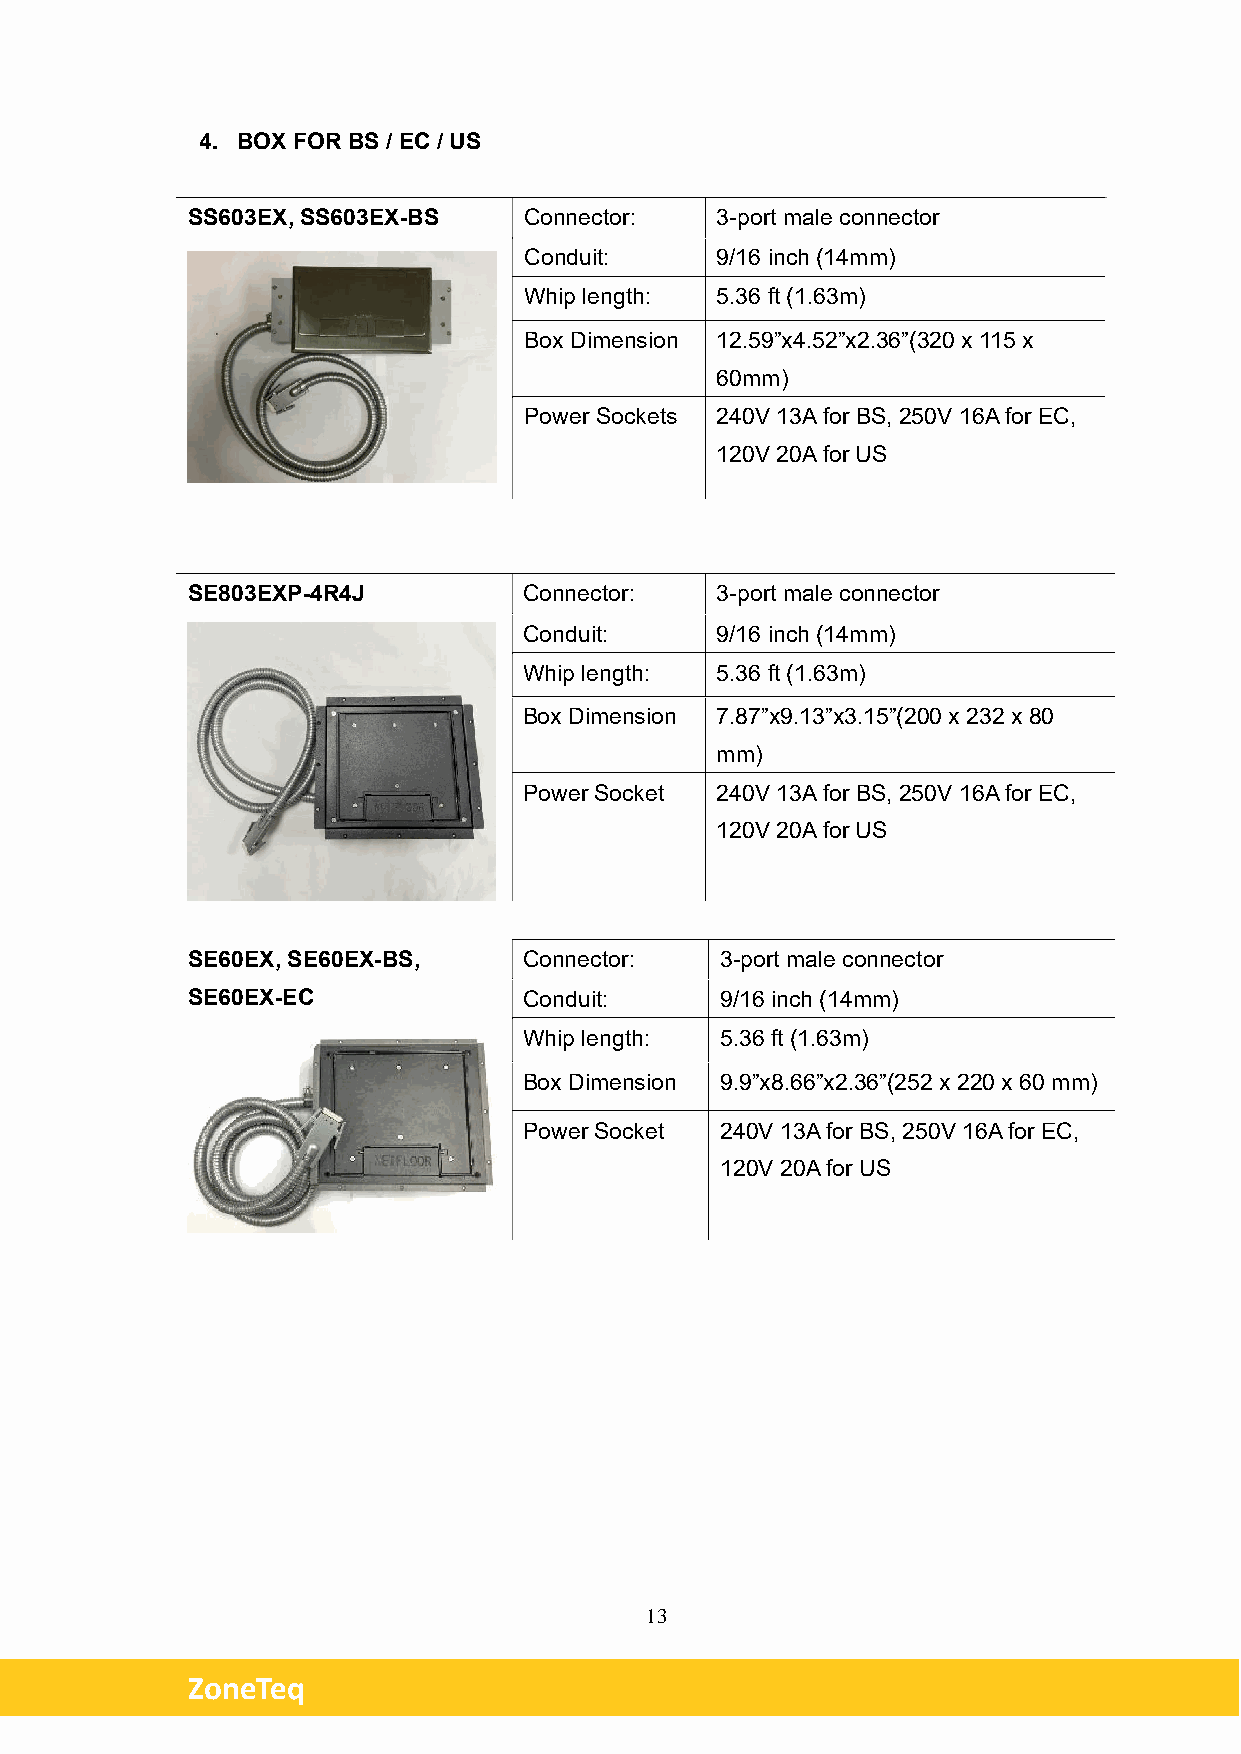
4. BOX FOR BS / EC / US
 SS603EX, SS603EX-BS    Connector:  3-port male connector
 Conduit:    9/16 inch (14mm)
 Whip length: 5.36 ft (1.63m)
 Box Dimension 12.59”x4.52”x2.36”(320 x 115 x
 60mm)
 Power Sockets 240V 13A for BS, 250V 16A for EC,
 120V 20A for US
 SE803EXP-4R4J          Connector:  3-port male connector
 Conduit:    9/16 inch (14mm)
 Whip length: 5.36 ft (1.63m)
 Box Dimension 7.87”x9.13”x3.15”(200 x 232 x 80
 mm)
 Power Socket 240V 13A for BS, 250V 16A for EC,
 120V 20A for US
 SE60EX, SE60EX-BS,     Connector:   3-port male connector
 SE60EX-EC              Conduit:     9/16 inch (14mm)
 Whip length: 5.36 ft (1.63m)
 Box Dimension 9.9”x8.66”x2.36”(252 x 220 x 60 mm)
 Power Socket 240V 13A for BS, 250V 16A for EC,
 120V 20A for US
 13
 ZoneTeq